Code of medical and sanitary regulations for the guidance of medical officers serving in the Madras Presidency - Volume I
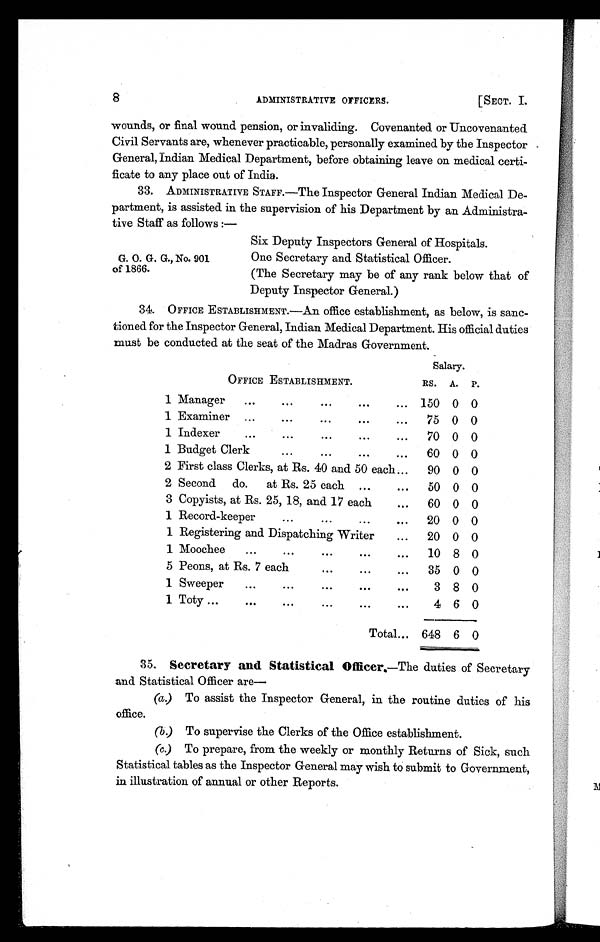
8
ADMINISTRATIVE OTFICERS.
[SECT. I.
wounds, or final wound pension, or invaliding. Covenanted. or Uncovenanted
Civil Servants are, whenever practicable, personally examined by the Inspector
General, Indian Medical Department, before obtaining leave on medical certi-
ficate to any place out of India.
33. ADMINISTRATIVE STAFF.—The Inspector General Indian Medical. De-
partment, is assisted in the supervision of his Department by an Administra-
tive Staff as follows :-
Six Deputy Inspectors General of Hospitals.
One Secretary and Statistical Officer.
(The Secretary may be of any rank below that of
Deputy Inspector General.)
34. OFFICE ESTABLISHMENT.—An office establishment, as below, is sanc-
tioned for the Inspector General, Indian Medical Department. His official duties
must be conducted at the seat of the Madras Government.
Salary.
OFFICE ESTABLISHMENT.
RS. A. P.
1 Manager
...
••
...
...
...
150 0 0
1 Examiner ...
...
...
...
. . .
75 0 0
1 Indexer
...
... ... .
••
70 0 0
1 Budget Clerk
...
...
...
60 0 0
2 First class Clerks, at Rs. 40 and 50 each...
90 0 0
2 Second
do.
at Rs. 25 each ...
50 0 0
3 Copyists, at Rs. 25, 18, and 17 each
...
60 0 0
1 Record-keeper
...
...
• • •
...
20 0 0
1 Registering and Dispatching Writer
...
20 0 0
1 Moochee
...
. •• ••• •••
•.•
10 8 0
5 Peons, at Rs. 7 each
. • •
• ..
...
35 0 0
1 Sweeper
...
•••
... ...
...
3 8 0
1 Toty ...
•.•
...
. • .
•••
...
4 6 0
Total... 648 6 0
35. Secretary and Statistical Officer—The duties of Secretary
and Statistical Officer are
(a.) To assist the Inspector General, in the routine duties of his
office.
(b) To supervise the Clerks of the Office establishment.
(c) To prepare, from the weekly or monthly Returns of Sick, such
Statistical tables as the Inspector General may wish to submit to Government,
in illustration of annual or other Reports.
G. 0. G. G., No. 901
of 1866.